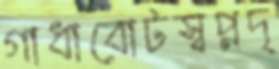
গাধাবোটস্বপ্নদৃ